Scottish Leaving Certificate Examination, 1958
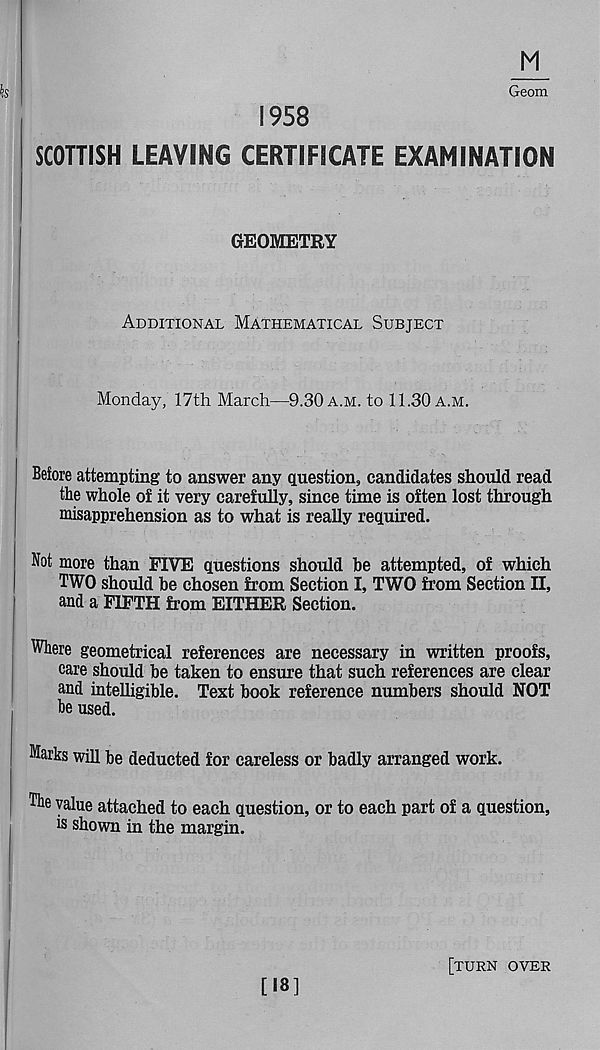
M
Geom
1958
SCOTTISH LEAVING CERTIFICATE EXAMINATION
GEOMETRY
Additional Mathematical Subject
Monday, 17th March—9.30 a.m. to 11.30 a.m.
Before attempting to answer any question, candidates should read
the whole of it very carefully, since time is often lost through
misapprehension as to what is really required.
Not more than FIVE questions should be attempted, of which
TWO should be chosen from Section I, TWO from Section II,
and a FIFTH from EITHER Section.
Where geometrical references are necessary in written proofs,
care should be taken to ensure that such references are clear
and intelligible. Text book reference numbers should NOT
he used.
Marks will be deducted for careless or badly arranged work.
The value attached to each question, or to each part of a question,
is shown in the margin.
[18]
[turn over